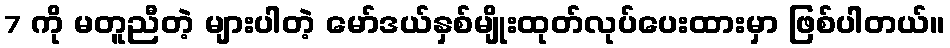
7 ကို မတူညီတဲ့ များပါတဲ့ မော်ဒယ်နှစ်မျိုးထုတ်လုပ်ပေးထားမှာ ဖြစ်ပါတယ်။